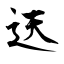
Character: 迗